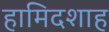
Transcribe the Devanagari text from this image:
हामिदशाह